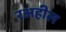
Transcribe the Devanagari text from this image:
रअहील